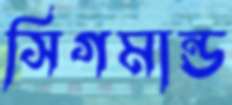
সিগমান্ড